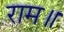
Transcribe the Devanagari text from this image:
राम॥